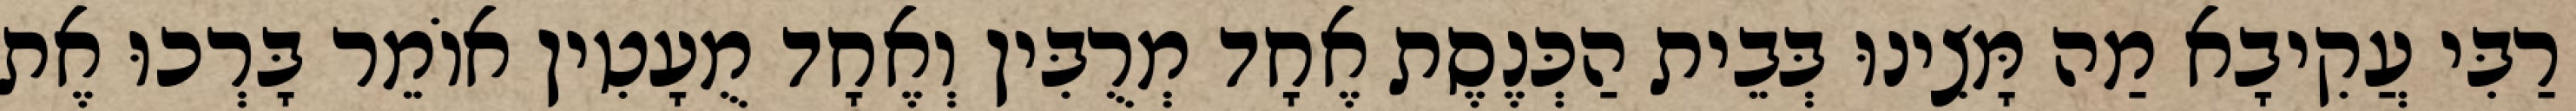
רַבִּי עֲקִיבָא מַה מָּצִינוּ בְּבֵית הַכְּנֶסֶת אֶחָד מְרֻבִּין וְאֶחָד מֻעָטִין אוֹמֵר בָּרְכוּ אֶת